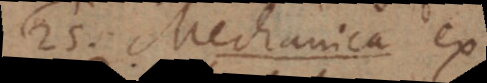
22) Mechanica seu